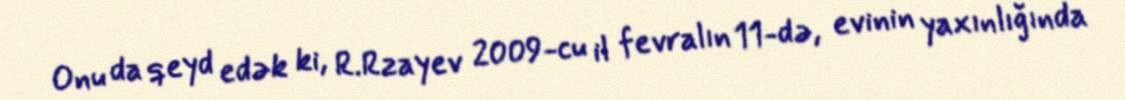
Onu da qeyd edək ki, R.Rzayev 2009-cu il fevralın 11-də, evinin yaxınlığında